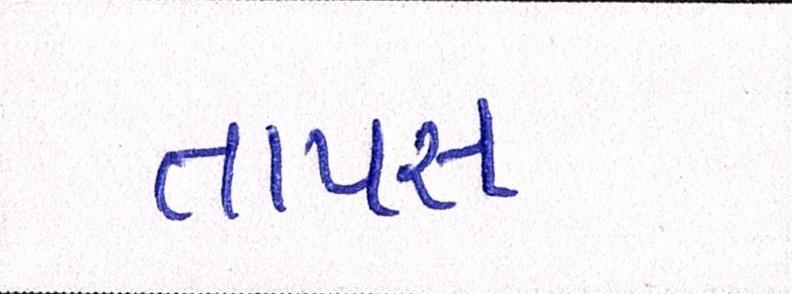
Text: તાપસ